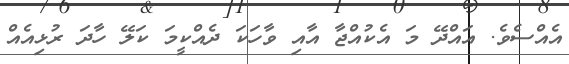
އެއްސެވެ. އައްދޭ މަ އެކުއްޖާ އާއި ވާހަކަ ދެއްކީމަ ކަލޭ ހާދަ ރުޅިއެއް